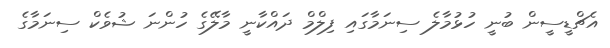
އެޗްޑީސީން ބުނީ ހުޅުމާލެ ސިނަމާގައި ފިލްމް ދައްކާނީ މާލޭގެ ހުންނަ ޝުވެކް ސިނަމާގެ